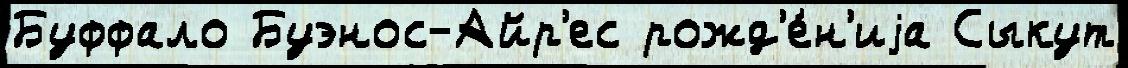
Буффало Буэнос-Айр'ес рожд'е́н'иjа Сыкут